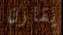
يقارن